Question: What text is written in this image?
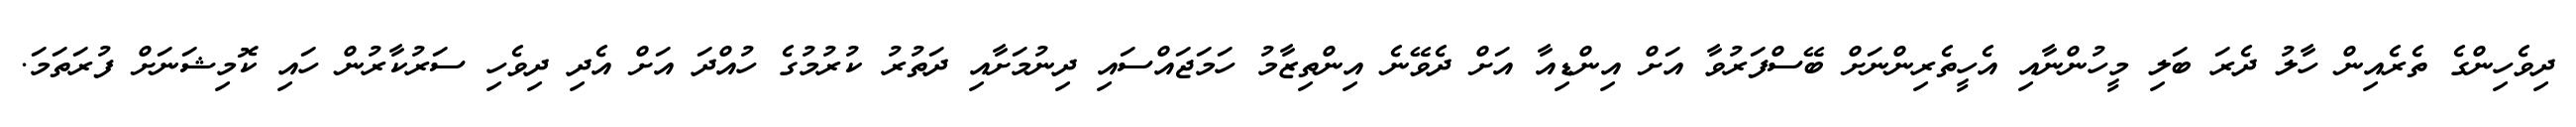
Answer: ދިވެހިންގެ ތެރެއިން ހާލު ދެރަ ބަލި މީހުންނާއި އެހީތެރިންނަށް ބޭސްފަރުވާ އަށް އިންޑިއާ އަށް ދެވޭނެ އިންތިޒާމު ހަމަޖައްސައި ދިނުމަށާއި ދަތުރު ކުރުމުގެ ހުއްދަ އަށް އެދި ދިވެހި ސަރުކާރުން ހައި ކޮމިޝަނަށް ފުރަތަމަ.